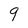
Character: 9